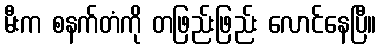
မီးက စနက်တံကို တဖြည်းဖြည်း လောင်နေပြီ။